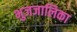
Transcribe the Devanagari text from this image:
भुजजालिका